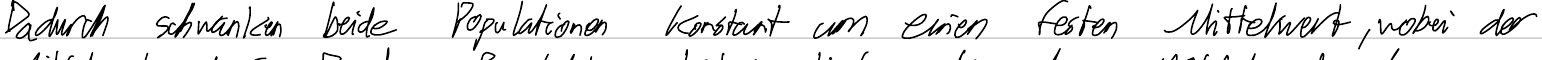
Dadurch schwanken beide Populationen konstant um einen festen Mittelwert, wobei der